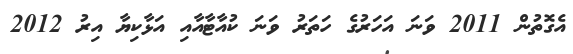
އެގޮތުން 2011 ވަނަ އަހަރުގެ ހަތަރު ވަނަ ކުއާޓާއާއި އަޅާކިޔާ އިރު 2012